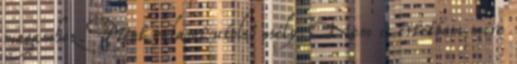
magamhoz. Mint valami utolsó esély. Nem is értettem mire